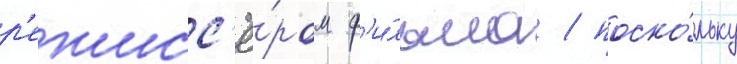
р'ежисс'ё́ром ф'и́льма / поско́льку